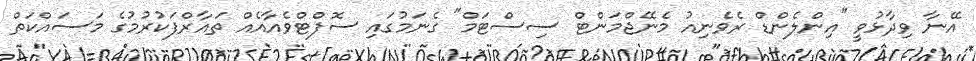
އޭނާ ވިދާޅުވީ "އިންލެންޑް ރެވެނިއު މެނޭޖްމަންޓް ސިސްޓަމް" ގެނަމުގައި ސޮފްޓްވެއާއެއް ތައާރްފަކުރުމުގެ މަސައްކަތް